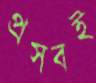
প্রসবই